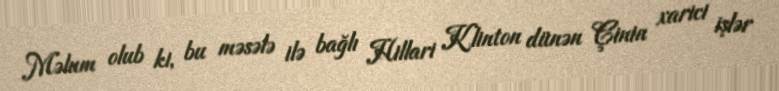
Məlum olub ki, bu məsələ ilə bağlı Hillari Klinton dünən Çinin xarici işlər